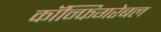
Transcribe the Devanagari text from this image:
कॉन्फिगरेबल